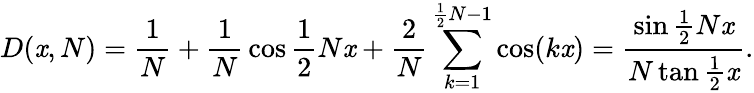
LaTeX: D(\mathit{x},N)={\frac{{1}}{{N}}}+{\frac{{1}}{{N}}}\cos{\frac{{1}}{{2}}}N\mathit{x}+{\frac{{2}}{{N}}}\sum_{k=1}^{{\frac{{1}}{{2}}}N-1}\cos(k\mathit{x})={\frac{{\sin{\frac{{1}}{{2}}}N\mathit{x}}}{{N\tan{\frac{{1}}{{2}}}\mathit{x}}}}.